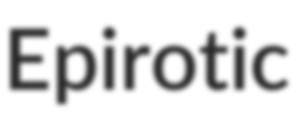
Epirotic